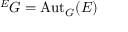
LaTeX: { } ^ { E } G = \operatorname { A u t } _ { G } ( E )